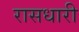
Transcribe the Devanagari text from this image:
रासधारी